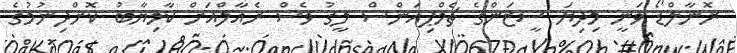
ރޮނާލްޑޯ ވަނީ މިދިޔަ ސީޒަންގެ ޗެމްޕިއަންސް ލީގު ވެސް ރެއާލްއަށް ކާމިޔާބު ކޮށްދިނުމުގެ